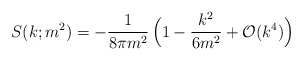
\begin{align*}S(k;m^{2}) = -{1\over 8\pi m^{2}}\,\Bigl( 1-{k^{2}\over6m^{2}}+{\cal O}(k^{4})\Bigr)\end{align*}